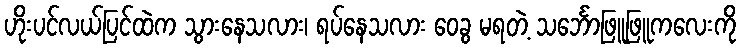
ဟိုးပင်လယ်ပြင်ထဲက သွားနေသလား၊ ရပ်နေသလား ဝေခွ မရတဲ့ သင်္ဘောဖြူဖြူကလေးကို